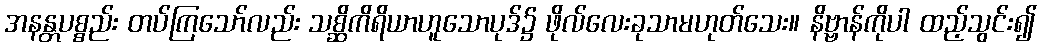
အနန္တပစ္စည်း တပ်ကြသော်လည်း သစ္ဆိကိရိယာဟူသောပုဒ်၌ ဖိုလ်လေးခုသာမဟုတ်သေး။ နိဗ္ဗာန်ကိုပါ ထည့်သွင်း၍